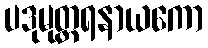
ပဒုမုတ္တရနာယကော